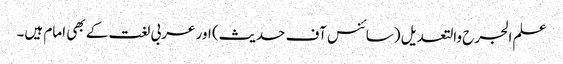
علم الجرح والتعدیل (سائنس آف حدیث) اور عربی لغت کے بھی امام ہیں۔